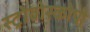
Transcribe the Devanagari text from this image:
स्ट्रोबोस्कोपी